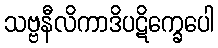
သဗ္ဗနီလိကာဒိပဋိက္ခေပေါ